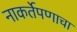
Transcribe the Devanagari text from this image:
नाकर्तेपणाचा